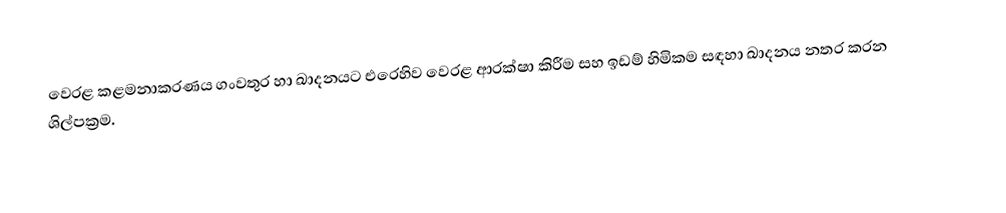
වෙරළ කළමනාකරණය ගංවතුර හා ඛාදනයට එරෙහිව වෙරළ ආරක්ෂා කිරීම සහ ඉඩම් හිමිකම සඳහා ඛාදනය නතර කරන ශිල්පක්‍රම.